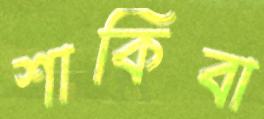
শাকিবা